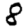
Digit: 8